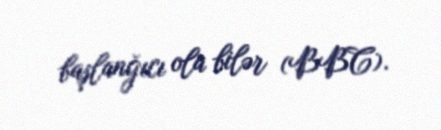
başlanğıcı ola bilər (BBC).